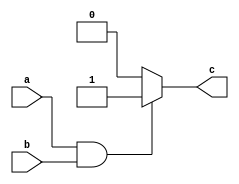
module andbhev(input a,b, output reg c);
always @ (a or b) begin
    if (a==1'b1 & b==1'b1) begin
        c = 1'b1;
    end
    else 
        c = 1'b0;
end
endmodule